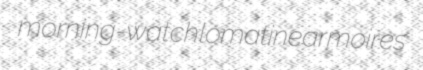
morning-watch lomatine armoires